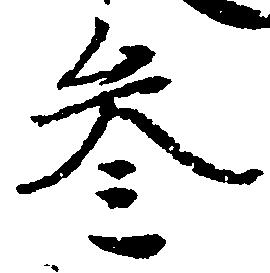
参